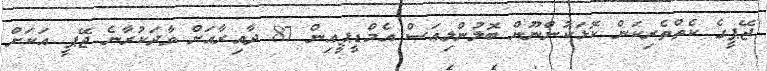
ޖޭޕީގެ ކެތްތެރިކަން ކޮޅަކުންނޫން ބޮލުންލިއަސް އެމްޑީޕީއިން 87 ދާއިރާއަށް ވާދަކުރާނެ ޖޭޕީ އަކަށް